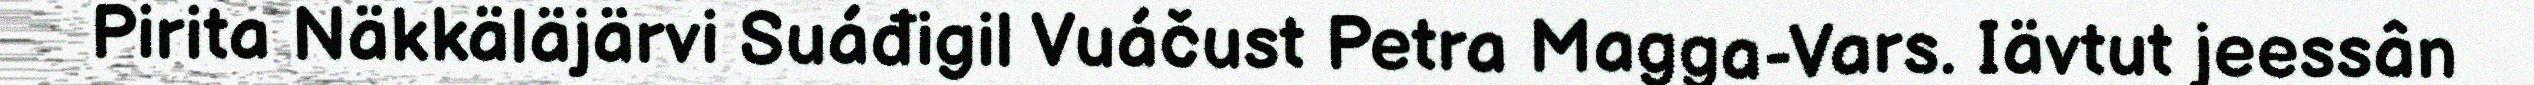
Pirita Näkkäläjärvi Suáđigil Vuáčust Petra Magga-Vars. Iävtut jeessân